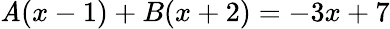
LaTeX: \mathit{A}(x-1)+B(x+2)=-3x+7